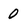
Character: 0